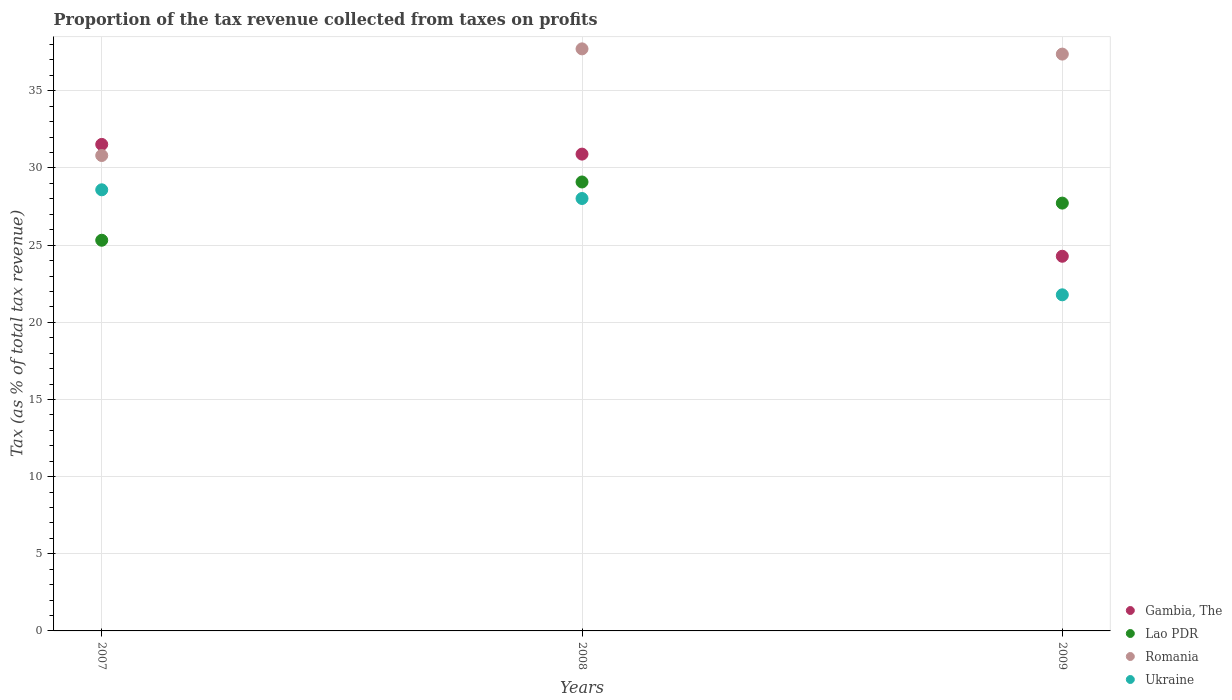
| Years | Gambia, The | Lao PDR | Romania | Ukraine |
 | --- | --- | --- | --- | --- |
 | 2007 | 31.5 | 25.3 | 30.8 | 28.6 |
 | 2008 | 30.9 | 29.1 | 37.7 | 28 |
 | 2009 | 24.3 | 27.7 | 37.4 | 21.8 |